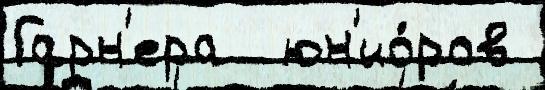
Гарн'ера  юн'ио́ров